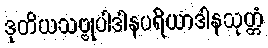
ဒုတိယသဗ္ဗုပါဒါနပရိယာဒါနသုတ္တံ